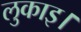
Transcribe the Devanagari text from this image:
लुकाइ।